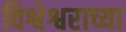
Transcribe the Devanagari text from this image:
विश्वेश्वराच्या